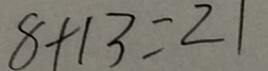
8 + 1 3 = 2 1